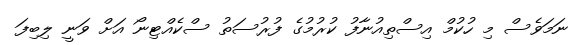
ނަމަވެސް މި ހުކުމް އިސްތިއުނާފު ކުރުމުގެ ފުރުސަތު ސްކެއްޓިނޯ އަށް ވަނީ ލިބިފަ